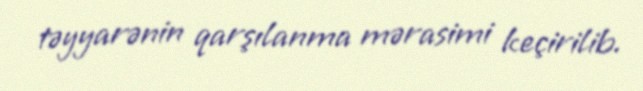
təyyarənin qarşılanma mərasimi keçirilib.